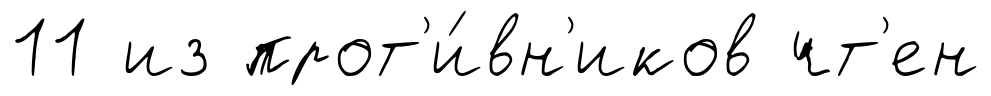
11 из прот'и́вн'иков чт'ен